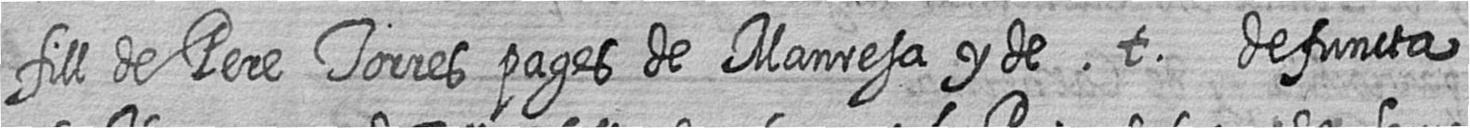
fill de Pere Torres pages de Manresa y de t defuncta